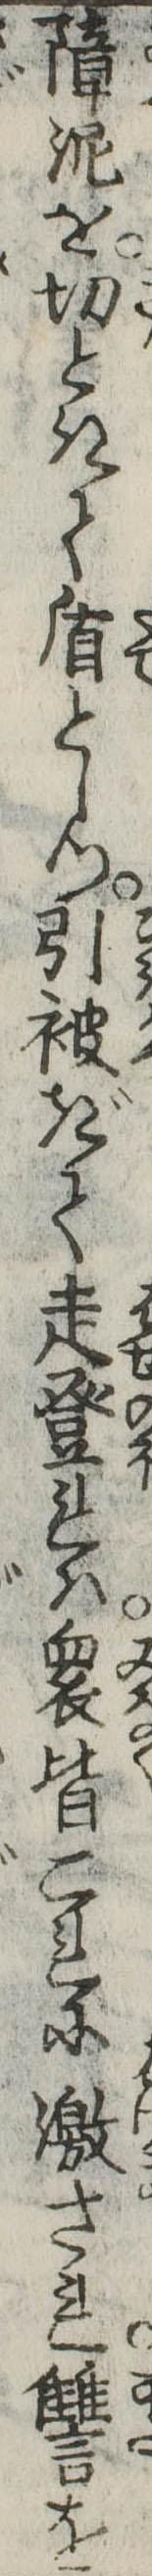
障泥を切ときて盾としつ引被ぎて走登れは衆皆これに激され讐を